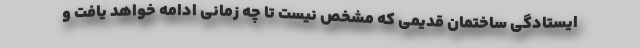
ایستادگی ساختمان قدیمی که مشخص نیست تا چه زمانی ادامه خواهد یافت و